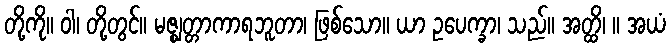
တို့ကို။ ဝါ၊ တို့တွင်။ မဇ္ဈတ္တာကာရဘူတာ၊ ဖြစ်သော။ ယာ ဥပေက္ခာ၊ သည်။ အတ္ထိ၊ ။ အယံ